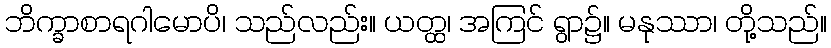
ဘိက္ခာစာရဂါမောပိ၊ သည်လည်း။ ယတ္ထ၊ အကြင် ရွာ၌။ မနုဿာ၊ တို့သည်။